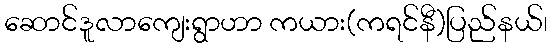
ဆောင်ဒူလာကျေးရွာဟာ ကယား(ကရင်နီ)ပြည်နယ်၊